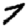
Digit: 7